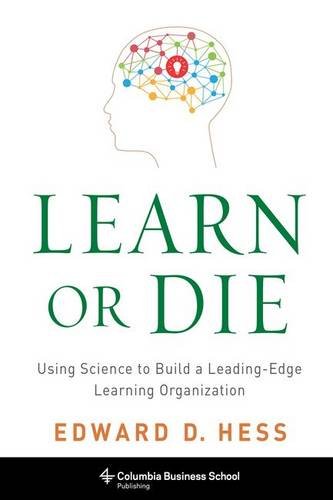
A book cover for Learn or Die: Using Science to Build a Leading-Edge Learning Organization (Columbia Business School Publishing); Edward D. Hess; Business & Money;